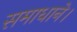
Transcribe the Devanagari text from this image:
समाधाने।